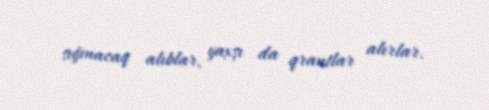
sığınacaq alıblar, yaxşı da qrantlar alırlar.